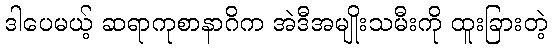
ဒါပေမယ့် ဆရာကုစာနာဂိက အဲဒီအမျိုးသမီးကို ထူးခြားတဲ့